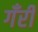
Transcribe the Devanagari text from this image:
गँरी